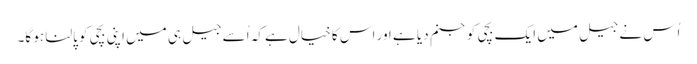
اُس نے جیل میں ایک بچی کو جنم دیا ہے اور اس کا خیال ہے کہ اُسے جیل ہی میں اپنی بچی کو پالنا ہو گا۔